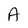
Character: A